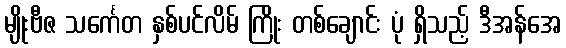
မျိုးဗီဇ သင်္ကေတ နှစ်ပင်လိမ် ကြိုး တစ်ချောင်း ပုံ ရှိသည့် ဒီအန်အေ